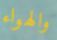
والهواء